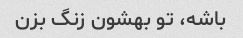
باشه، تو بهشون زنگ بزن